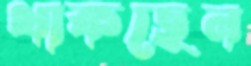
থাকছেন